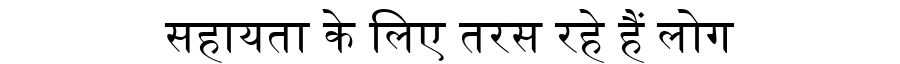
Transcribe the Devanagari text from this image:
सहायता के लिए तरस रहे हैं लोग